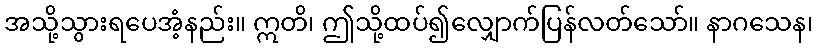
အသို့သွားရပေအံ့နည်း။ ဣတိ၊ ဤသို့ထပ်၍လျှောက်ပြန်လတ်သော်။ နာဂသေန၊